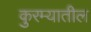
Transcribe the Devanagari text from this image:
कुरम्यातील